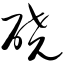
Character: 硗